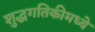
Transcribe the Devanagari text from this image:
शुद्धगतिकीमध्ये